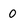
Character: 0